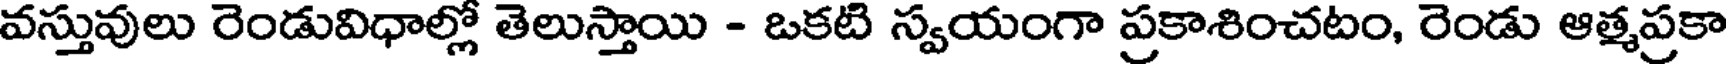
వస్తువులు రెండువిధాల్లో తెలుస్తాయి - ఒకటి స్వయంగా ప్రకాశించటం, రెండు ఆత్మప్రకా